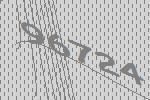
96724